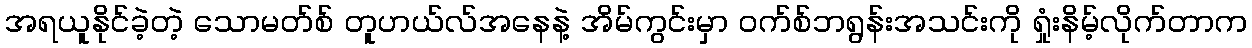
အရယူနိုင်ခဲ့တဲ့ သောမတ်စ် တူဟယ်လ်အနေနဲ့ အိမ်ကွင်းမှာ ဝက်စ်ဘရွန်းအသင်းကို ရှုံးနိမ့်လိုက်တာက